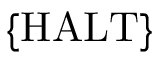
\{ { \mathrm { H A L T } } \}